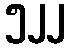
၅၂၂